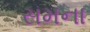
સમના